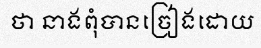
ថា នាងពុំបានច្រៀងដោយ